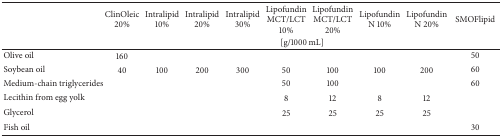
<table><thead><tr><td rowspan="2"><b> </b></td><td><b>ClinOleic 20% </b></td><td><b>Intralipid 10%</b></td><td><b>Intralipid 20%</b></td><td><b>Intralipid 30%</b></td><td><b>Lipofundin MCT/LCT 10%</b></td><td><b>Lipofundin MCT/LCT 20%</b></td><td><b>Lipofundin N 10%</b></td><td><b>Lipofundin N 20%</b></td><td><b>SMOFlipid</b></td></tr><tr><td colspan="9"><b>[g/1000 mL]</b></td></tr></thead><tbody><tr><td>Olive oil</td><td>160</td><td> </td><td> </td><td> </td><td> </td><td> </td><td> </td><td> </td><td>50</td></tr><tr><td>Soybean oil</td><td>40</td><td>100</td><td>200</td><td>300</td><td>50</td><td>100</td><td>100</td><td>200</td><td>60</td></tr><tr><td>Medium-chain triglycerides</td><td> </td><td> </td><td> </td><td> </td><td>50</td><td>100</td><td> </td><td> </td><td>60</td></tr><tr><td>Lecithin from egg yolk</td><td> </td><td> </td><td> </td><td> </td><td>8</td><td>12</td><td>8</td><td>12</td><td> </td></tr><tr><td>Glycerol</td><td> </td><td> </td><td> </td><td> </td><td>25</td><td>25</td><td>25</td><td>25</td><td> </td></tr><tr><td>Fish oil</td><td> </td><td> </td><td> </td><td> </td><td> </td><td> </td><td> </td><td> </td><td>30</td></tr></tbody></table>